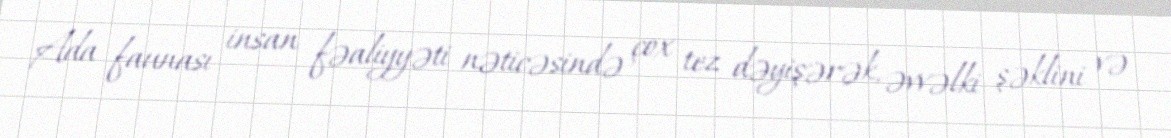
Ada faunası insan fəaliyyəti nəticəsində çox tez dəyişərək, əvvəlki şəklini və